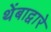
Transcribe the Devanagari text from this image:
थेंबाद्वारे